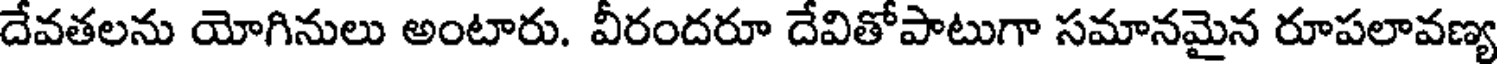
దేవతలను యోగినులు అంటారు. వీరందరూ దేవితోపాటుగా సమానమైన రూపలావణ్య